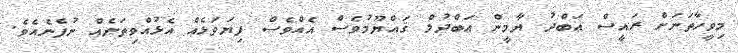
މިވީހާތަނަށް ރައީސް ޢަބްދު ޔާމީން ޢަބްދުލް ޤައްޔޫމުވެސް އެއްވެސް ފިޔަވަޅެއް އެޅުއްވިތަނެއް ނުފެނެއެވެ.